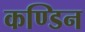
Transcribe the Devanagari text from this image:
कण्डिन